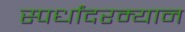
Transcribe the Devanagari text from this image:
स्पर्धांदरम्यान